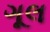
ગૂલ